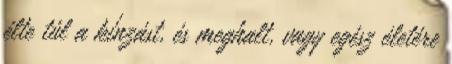
élte túl a kínzást, és meg­halt, vagy egész életére